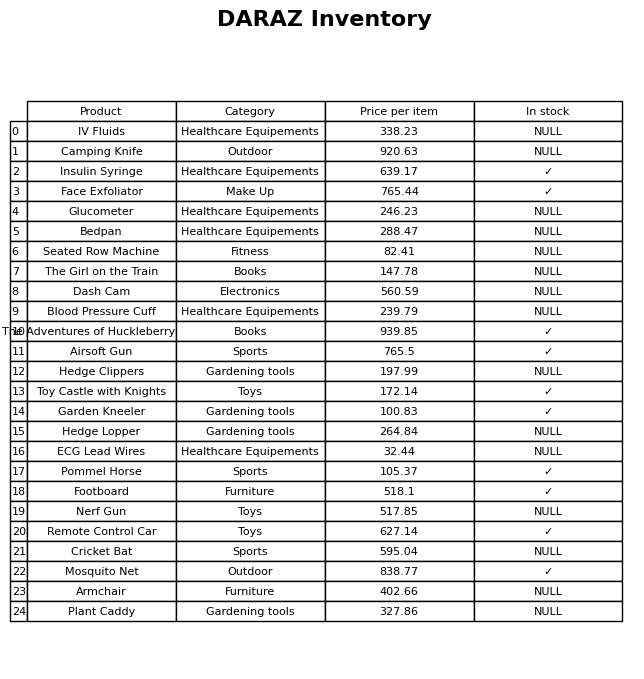
question: What is the price of the Bedpan?
answer: The price of Bedpan is 288.47.